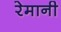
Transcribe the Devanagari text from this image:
रेमानी